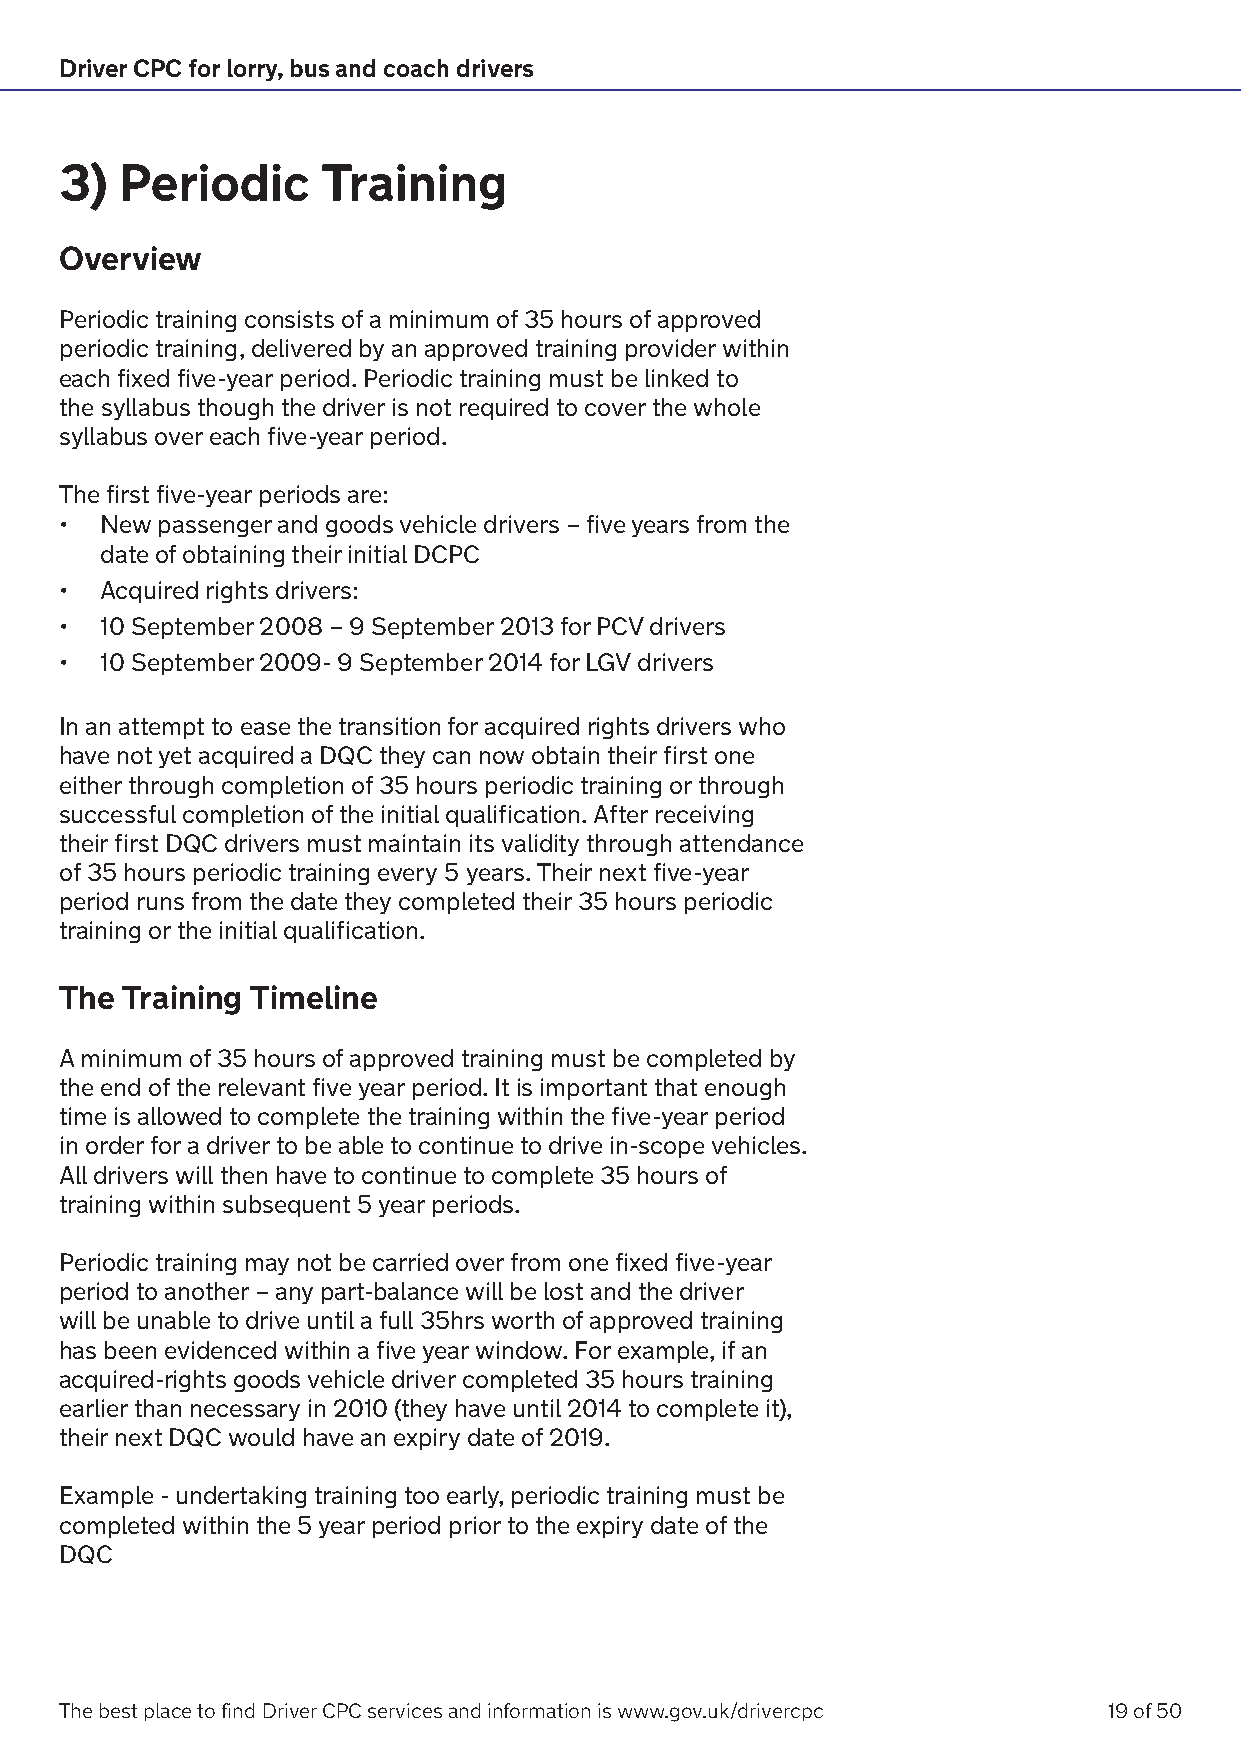
Driver CPC for lorry, bus and coach drivers
 3)  Periodic     Training
 Overview
 Periodic training consists of a minimum of 35 hours of approved
 periodic training, delivered by an approved training provider within
 each fixed five-year period. Periodic training must be linked to
 the syllabus though the driver is not required to cover the whole
 syllabus over each five-year period.
 The first five-year periods are:
 •  New passenger and goods vehicle drivers – five years from the
 date of obtaining their initial DCPC
 •  Acquired rights drivers:
 •  10 September 2008 – 9 September 2013 for PCV drivers
 •  10 September 2009- 9 September 2014 for LGV drivers
 In an attempt to ease the transition for acquired rights drivers who
 have not yet acquired a DQC they can now obtain their first one
 either through completion of 35 hours periodic training or through
 successful completion of the initial qualification. After receiving
 their first DQC drivers must maintain its validity through attendance
 of 35 hours periodic training every 5 years. Their next five-year
 period runs from the date they completed their 35 hours periodic
 training or the initial qualification.
 The Training Timeline
 A minimum of 35 hours of approved training must be completed by
 the end of the relevant five year period. It is important that enough
 time is allowed to complete the training within the five-year period
 in order for a driver to be able to continue to drive in-scope vehicles.
 All drivers will then have to continue to complete 35 hours of
 training within subsequent 5 year periods.
 Periodic training may not be carried over from one fixed five-year
 period to another – any part-balance will be lost and the driver
 will be unable to drive until a full 35hrs worth of approved training
 has been evidenced within a five year window. For example, if an
 acquired-rights goods vehicle driver completed 35 hours training
 earlier than necessary in 2010 (they have until 2014 to complete it),
 their next DQC would have an expiry date of 2019.
 Example - undertaking training too early, periodic training must be
 completed within the 5 year period prior to the expiry date of the
 DQC
 The best place to find Driver CPC services and information is www.gov.uk/drivercpc 19 of 50